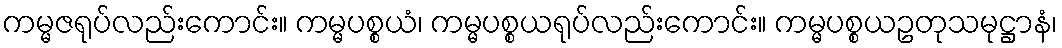
ကမ္မဇရုပ်လည်းကောင်း။ ကမ္မပစ္စယံ၊ ကမ္မပစ္စယရုပ်လည်းကောင်း။ ကမ္မပစ္စယဥတုသမုဋ္ဌာနံ၊